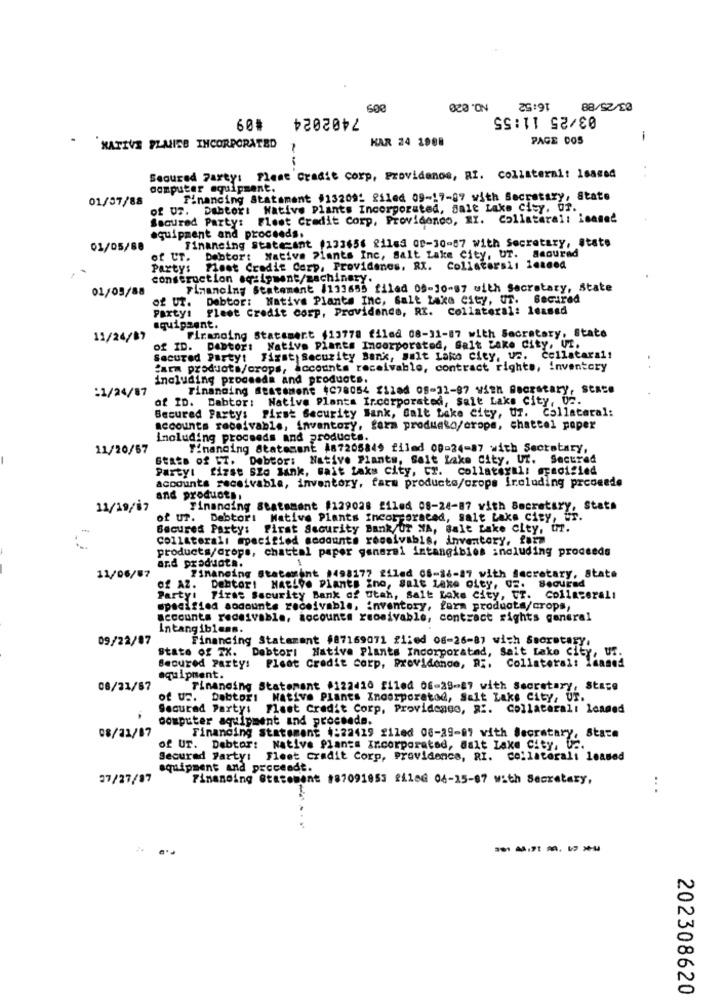
7402024
25191
03/25 11:55
60#
KAR 24 1988
PAGE DOS
-
NATIVE PLUIEB INCORPORATED
--
Secured Party: Flest Cradie corp, Providenos, RI. Collateral: 1saged
computer equipment.
01/57/88
Financing Statement #132091 filed 09-17-87 with Secretary, State
of US. Debtor: Native Plants Incorporated, Salt Lake City, Of.
Secured Party: Flest Credit Corp, Providenco, RI. Collateral: Leaned
equipment and proceeds.
Financing Statezant (133656 filed of-30-57 with Secretary, State
01/05/88
of Ur. Debtor: Native Plants Inc, Salt Lake City, UT. amourad
Party: fleet Credit Carp. Providenes. RI. Collaterali leaned
construction equipment/zachinary.
01/05/88
Financing Statement /133655 filad 09-10-57 with Secretary, State
of UT. Debtor: Native Plants Inc, Salt Lake city, UT. Secured
Party: Fleet Credit corp, Providence, RI. Collateral: leased
aquipzent.
11/24/87
Firanoing Statement (13778 filed 08-11-87 with Secretary, State
of ID. Dentor: Native Plants Incorporated, Salt Lake City, UT.
Secured Partyt First Security Bank, salt Lake City, us. Cellataral!
"arm products/crops, accounts receivable, contract rights, inventory
including proceeda and products.
:1/24/87
Tinanding statement (C78054 filed 08-11-87 with Amorstary, State
of ID. Dabtor: Native Plants Incorporated, Salt Lake City, 02.
Becured Party: First Security Bank, Salt Lake city, Uf. Collateral:
accounts receivable, inventory, farm produaka/crope, chattel paper
including proceeds and products.
11/20/57
Financing Statement 487205849 filed 08-24-87 with Secretary,
Stats of ST. Debtor: Native Plants, Salt Lake City, Ut. Secured
Partyt first SZo Bank, salt Lake city, Cr. collateral: specified
accounts receivable, inventory, farm products/crops froluding prcoeede
and products.
11/19/67
Financing Statement $129028 filed 08-24-87 with Secretary, Stats
of us. Debtor: Native Plants Incorporated, salt Lake city, ur.
Secured Party: First Security Bank/UT MA, Salt Lake city, tir.
Collaterali specified scoounts roceivabis, inventory, farm
products/crops, chattal paper general intangibles including proceeds
and products.
11/06/87
Financing Statement 1498177 filed 08-16-19 with Secretary, State
of AZ. Debtor: Native Plants ino, Salt Lake city, GE. Secured
Party: Firms Security Bank of Utah, Salt Lake City, UT. Collaterali
specified aocounts receivable, inventory, form products/crops,
accounts receivable, accounts reosivable, contract rights general
intangiblens.
09/22/87
Financing Statement #87169071 flied 06-26-87 wish Secretary,
State of TX. Debtori Native Plants Incorporated, Salt Lake city, Uf.
Secured Party: Plaat Credit Corp, Providence, Ri, Collateral: leaned
equipment.
08/21/67
Financing Statement #122410 filed 06-28-87 with Secretary, State
of us. Debtors Native Plants Incorporated, Salt Lake City, Ur.
Securad Party: Flest Credit Corp, Providengo, a :. Collateral: loaded
computer aquipment and proceeds.
08/21/87
Financing Statement 4:22429 filed 06-29-07 with Secretary, State
of UT. Debtor: Native Plants Incorporated, Salt Lake City, Uz.
Secured Party: Fleet cradit Corp, Providence, RI. collaterali leased
equipment and proceedt.
27/27/87
Financing Statement #87091953 filed 04-15-87 with Secretary,
...
------
202308620